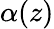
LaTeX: \alpha(z)